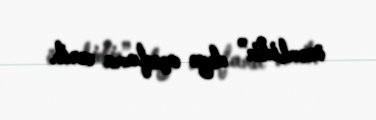
önəmlidir” deyə açıqlama verib.